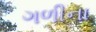
ગળીના